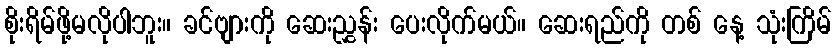
စိုးရိမ်ဖို့မလိုပါဘူး။ ခင်ဗျားကို ဆေးညွှန်း ပေးလိုက်မယ်။ ဆေးရည်ကို တစ် နေ့ သုံးကြိမ်